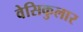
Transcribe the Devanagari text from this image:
वेसिकुलार